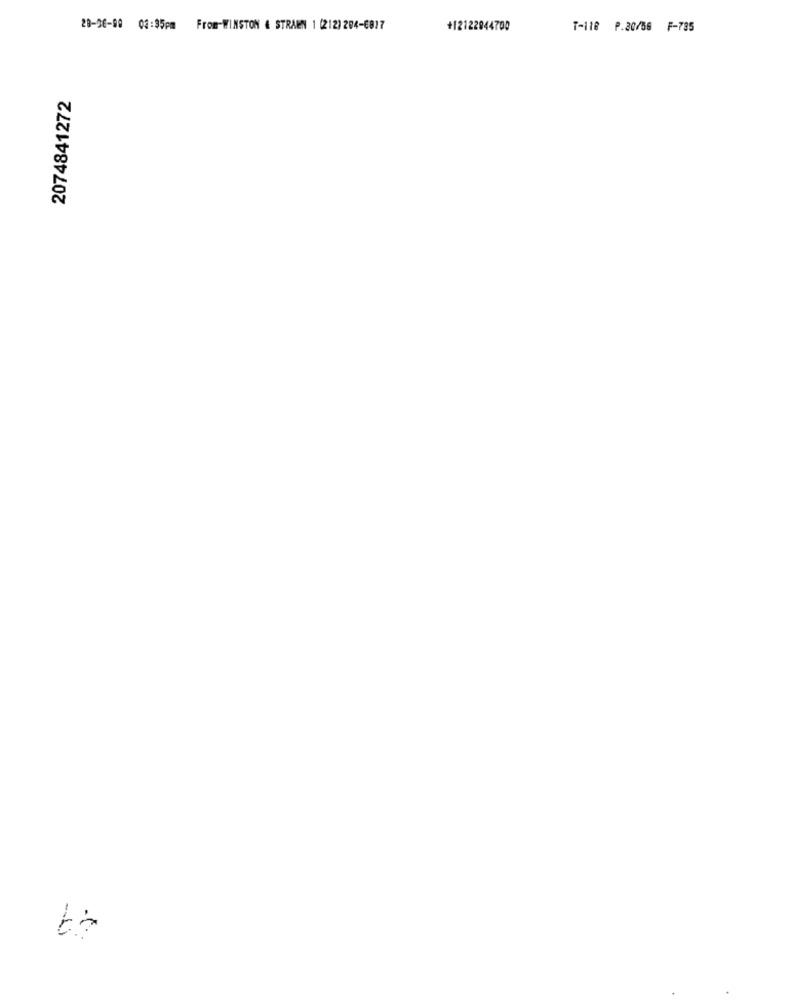
28-26-99 08:35pm From-WINSTON & STRAEN 1 (212) 204-6817
+12122944700
T-118 P.30/56 F-735
2074841272